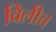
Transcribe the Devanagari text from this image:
विलीच